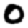
Digit: 0